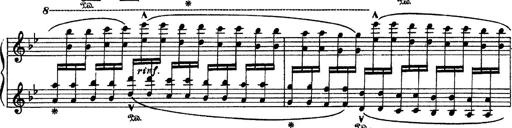
Title: Sarabande und Chaconne aus dem Singspiel
Composer: Franz Liszt